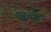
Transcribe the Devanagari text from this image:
विन्ध्येला